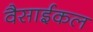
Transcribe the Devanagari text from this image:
वैसाईकल